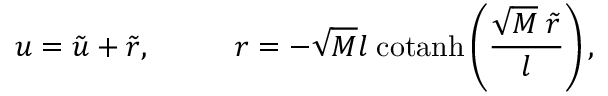
u = \tilde { u } + \tilde { r } , \; \; \; \; \; \; \; \; \; \; r = - \sqrt { M } l \; \mathrm { c o t a n h } \left( \frac { \sqrt { M } \; \tilde { r } } { l } \right) ,